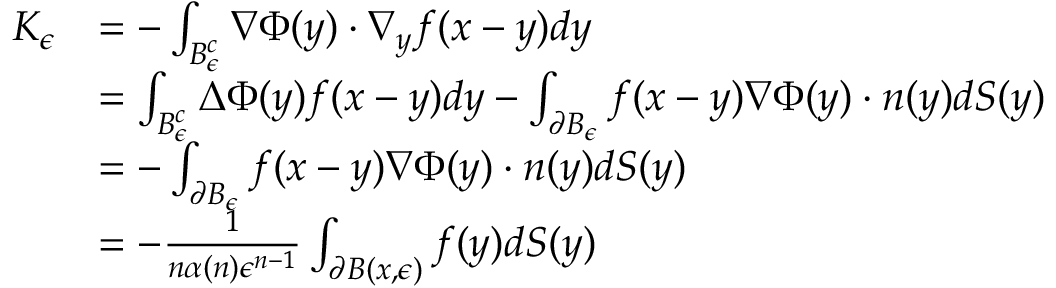
\begin{array} { r l } { K _ { \epsilon } } & { = - \int _ { B _ { \epsilon } ^ { c } } \nabla \Phi ( y ) \cdot \nabla _ { y } f ( x - y ) d y } \\ & { = \int _ { B _ { \epsilon } ^ { c } } \Delta \Phi ( y ) f ( x - y ) d y - \int _ { \partial B _ { \epsilon } } f ( x - y ) \nabla \Phi ( y ) \cdot n ( y ) d S ( y ) } \\ & { = - \int _ { \partial B _ { \epsilon } } f ( x - y ) \nabla \Phi ( y ) \cdot n ( y ) d S ( y ) } \\ & { = - \frac { 1 } { n \alpha ( n ) \epsilon ^ { n - 1 } } \int _ { \partial B ( x , \epsilon ) } f ( y ) d S ( y ) } \end{array}